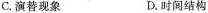
C.演替现象 D.时间结构